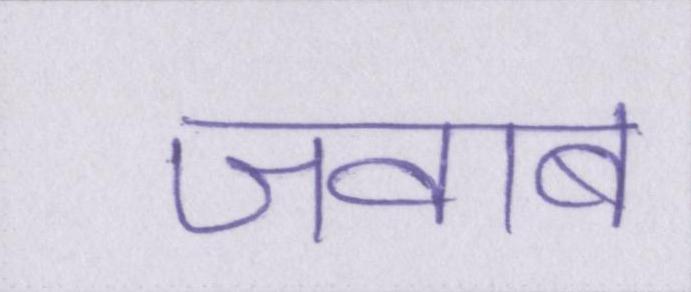
जवाब